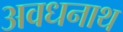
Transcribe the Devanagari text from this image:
अवधनाथ